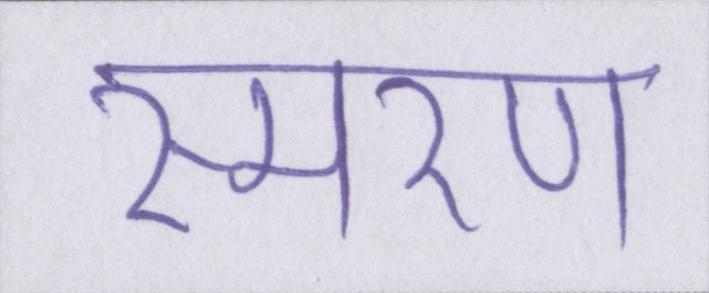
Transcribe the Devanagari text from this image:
स्मरण